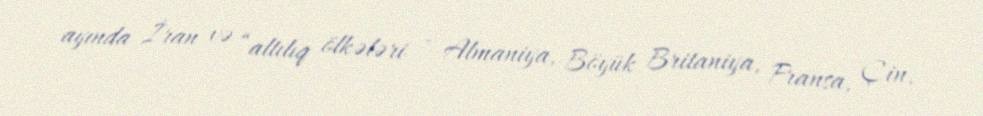
ayında İran və “altılıq ölkələri - Almaniya, Böyük Britaniya, Fransa, Çin,